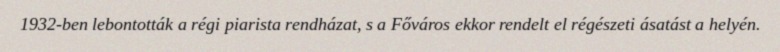
1932-ben lebontották a régi piarista rendházat, s a Főváros ekkor rendelt el régészeti ásatást a helyén.